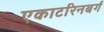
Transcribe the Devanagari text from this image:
एकाटरिनबर्ग